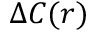
\Delta C ( r )